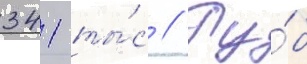
341 ты́с // Ру́б